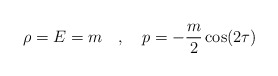
\begin{align*}\rho = E = m \quad , \quad p = - {m \over 2} \cos(2\tau)\end{align*}